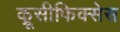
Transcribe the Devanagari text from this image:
क्रूसीफिक्‍सेस